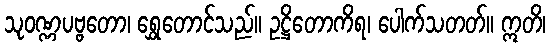
သုဝဏ္ဏပဗ္ဗတော၊ ရွှေတောင်သည်။ ဥဋ္ဌိတောကိရ၊ ပေါက်သတတ်။ ဣတိ၊